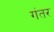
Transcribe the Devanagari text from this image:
गंतर